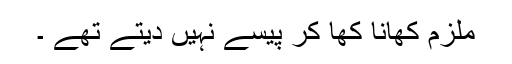
ملزم کھانا کھا کر پیسے نہیں دیتے تھے ۔